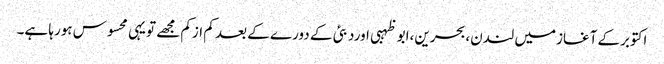
اکتوبرکے آغازمیں لندن،بحرین،ابو ظہبی اوردبئی کے دورے کے بعد کم ازکم مجھے تویہی محسوس ہورہا ہے۔